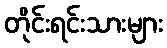
တိုင်းရင်းသားများ